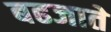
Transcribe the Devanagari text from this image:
बढजाते